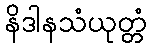
နိဒါနသံယုတ္တံ